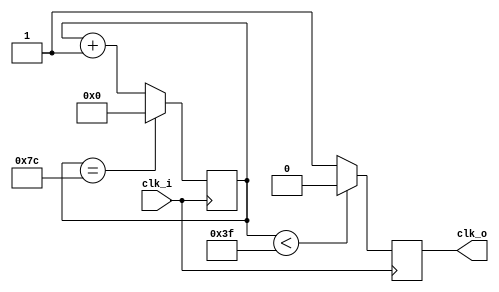
//
//	
//  HPSDR - High Performance Software Defined Radio
//
//  Clock dividecr 
//
//  This program is free software; you can redistribute it and/or modify
//  it under the terms of the GNU General Public License as published by
//  the Free Software Foundation; either version 2 of the License, or
//  (at your option) any later version.
//
//  This program is distributed in the hope that it will be useful,
//  but WITHOUT ANY WARRANTY; without even the implied warranty of
//  MERCHANTABILITY or FITNESS FOR A PARTICULAR PURPOSE.  See the
//  GNU General Public License for more details.
//
//  You should have received a copy of the GNU General Public License
//  along with this program; if not, write to the Free Software
//  Foundation, Inc., 59 Temple Place, Suite 330, Boston, MA  02111-1307  USA


//

module oddClockDivider(clk_i, clk_o); 
input  clk_i; 
output clk_o; 

wire clk_i; 
reg  clk_o; 


parameter DIVIDE_RATE   = 125; 
parameter COUNTER_WIDTH = 7; 

reg [(COUNTER_WIDTH-1):0] count; 

always @ (posedge clk_i)
begin

  if ( count == (DIVIDE_RATE-1))
    count <= 0; 
  else
    count <= count + 1'b1; 
    
  clk_o <= (count < 63) ? 1'b0 : 1'b1;
end 

endmodule